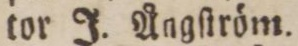
tor J. Ångſtröm.